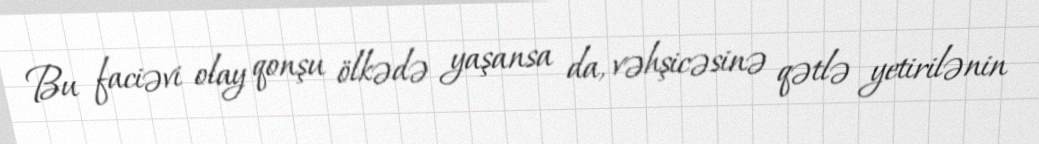
Bu faciəvi olay qonşu ölkədə yaşansa da, vəhşicəsinə qətlə yetirilənin